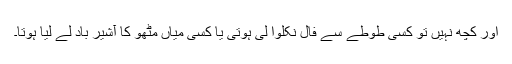
اور کچھ نہیں تو کسی طوطے سے فال نکلوا لی ہوتی یا کسی میاں مٹھو کا آشیر باد لے لیا ہوتا۔